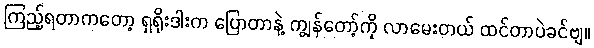
ကြည့်ရတာကတော့ ရှရိုးဒါးက ပြောတာနဲ့ ကျွန်တော့်ကို လာမေးတယ် ထင်တာပဲခင်ဗျ။